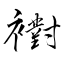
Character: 襨